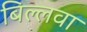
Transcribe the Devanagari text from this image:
बिल्लवा